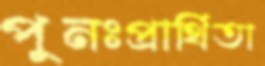
পুনঃপ্রার্থিতা